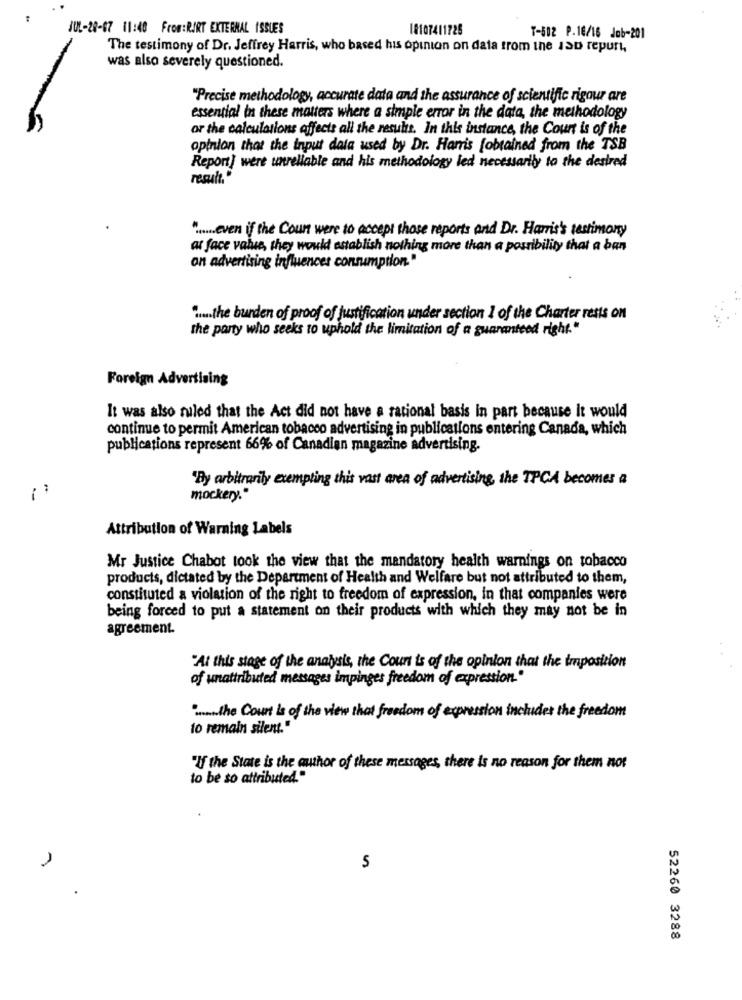
JUL-20-67 11:40 From:RIRT EXTERNAL ISSUES
18107411725
T-502 P.16/16 Job-201
The testimony of Dr. Jeffrey Harris, who based his opinion on data from the 13D repurt,
was also severely questioned.
"Precise methodology, accurate data and the assurance of scientific rigour are
essential in these matters where a simple error in the data, the methodology
or the calculations affects all the results. In this instance, the Court is of the
opinion that the input data used by Dr. Harris [obtained from the TSB
Report] were unreliable and his methodology led necessarily to the desired
result."
" ..... even if the Court were to accept those reports and Dr. Harris's testimony
at face value, they would establish nothing more than a possibility that a ban
on advertising influences consumption."
" .... the burden of proof of justification under section 1 of the Charter rests on
the party who seeks to uphold the limitation of a guaranteed right."
Foreign Advertising
It was also ruled that the Act did not have a rational basis in part because it would
continue to permit American tobacco advertising in publications entering Canada, which
publications represent 66% of Canadian magazine advertising.
"By arbitrarily exempting this vast area of advertising, the TPCA becomes a
mockery."
Attribution of Warning Labels
Mr Justice Chabot took the view that the mandatory health warnings on tobacco
products, dictated by the Department of Health and Welfare but not attributed to them,
constituted a violation of the right to freedom of expression, In that companies were
being forced to put a statement on their products with which they may not be in
agreement.
"At this stage of the analysis, the Court is of the opinion that the imposition
of unattributed messages impinges freedom of expression."
.... the Court is of the view that freedom of expression includes the freedom
to remain silent."
"If the State is the author of these messages, there is no reason for them not
to be so attributed."
52260 3288